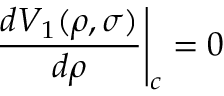
\left. \frac { d V _ { 1 } ( \rho , \sigma ) } { d \rho } \right| _ { c } = 0